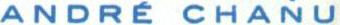
ANDRÉ CHANU